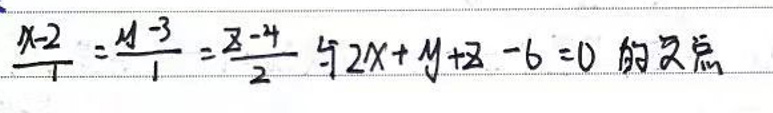
$\frac{x - 2}{1} = \frac{y - 3}{1} = \frac{z - 4}{2}$与$2x + y + z - 6 = 0$的交点